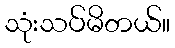
သုံးသပ်မိတယ်။